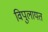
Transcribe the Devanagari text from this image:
विपुलायत